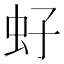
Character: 虸